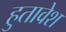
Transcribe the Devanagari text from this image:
हुतावेश